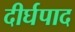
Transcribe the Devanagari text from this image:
दीर्घपाद